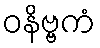
ဝနိဗ္ဗကံ